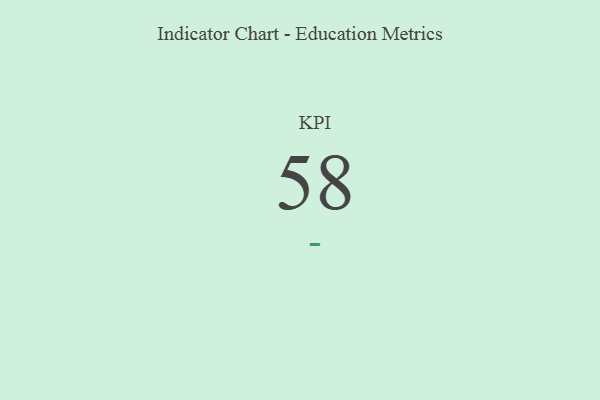
{"axis": {"x": "KPI", "y": "Value"}, "legend": [""], "data": [{"x": "KPI", "y": 58, "type": ""}]}